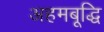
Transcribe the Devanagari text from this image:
अहमबूद्धि